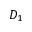
D _ { 1 }